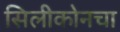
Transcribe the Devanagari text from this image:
सिलीकोनचा